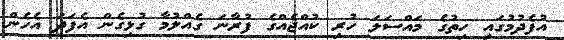
އުފެދުމުގައި ހިތުގެ މައްސަލަ ހުރި ކުއްޖެއްގެ ފުރާނަ ގެއްލުމާ ގުޅިގެން އެފަދަ އެހެން